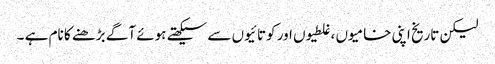
لیکن تاریخ اپنی خامیوں ،غلطیوں اور کوتائیوں سے سیکھتے ہوئے آگے بڑھنے کا نام ہے ۔